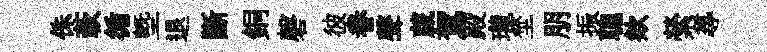
侏蔌循塈退斷銅磬彼眷聲蕆駕殿瓏埜朋振聰欸縈𡬶